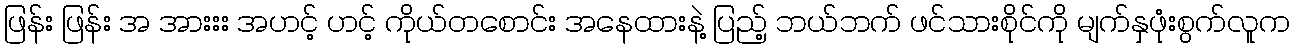
ဖြန်း ဖြန်း အ အားးး အဟင့် ဟင့် ကိုယ်တစောင်း အနေထားနဲ့ ပြည့် ဘယ်ဘက် ဖင်သားစိုင်ကို မျက်နှဖုံးစွက်လူက